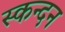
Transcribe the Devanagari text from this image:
स्कन्दन